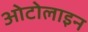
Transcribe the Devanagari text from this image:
ओटोलाइन